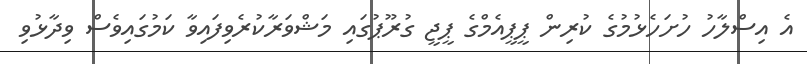
އެ އިސްލާހު ހުށަހެޅުމުގެ ކުރިން ޕީޕީއެމްގެ ޕީޖީ ގުރޫޕުގައި މަޝްވަރާކުރެވިފައިވާ ކަމުގައިވެސް ވިދާޅުވި